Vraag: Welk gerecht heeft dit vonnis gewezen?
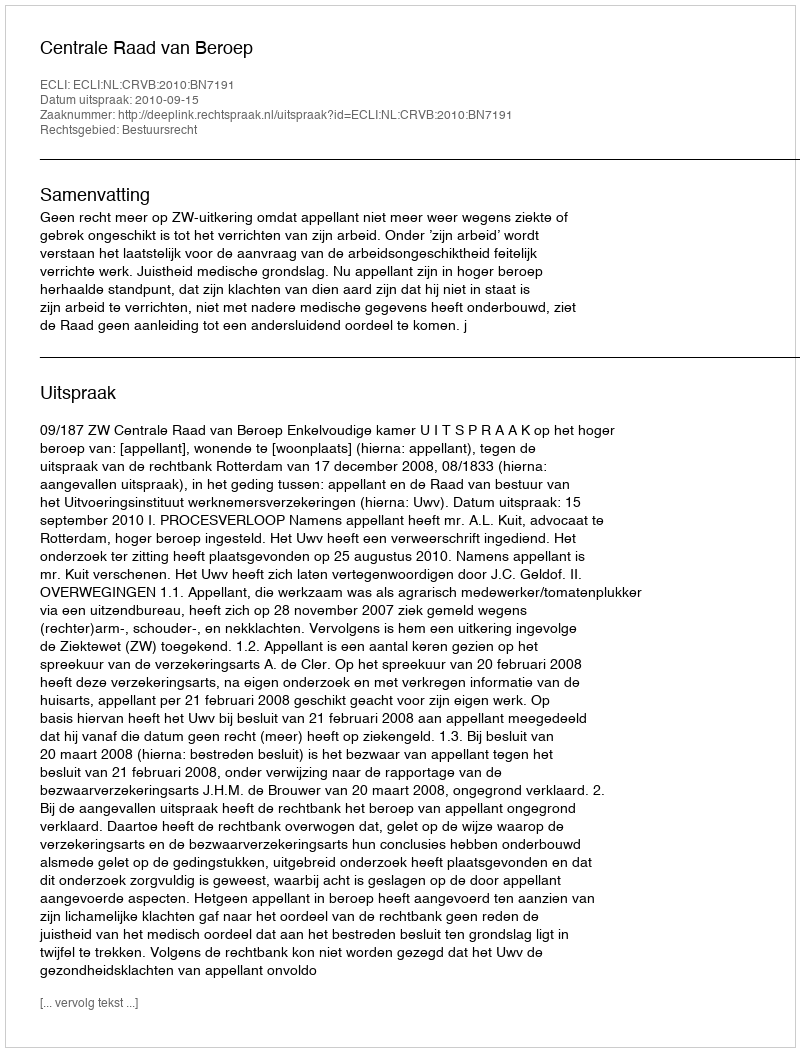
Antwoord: Centrale Raad van Beroep